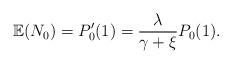
LaTeX: \begin{align*} \mathbb{E}(N_{0}) = P'_{0}(1) = \frac{\lambda}{\gamma + \xi} P_{0}(1).\end{align*}